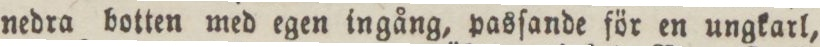
nedra botten med egen ingång, pasſande för en ungkarl,